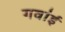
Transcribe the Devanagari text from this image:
गवांई